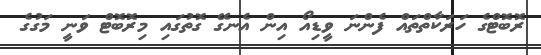
ރޮބޮޓްގެ ހަރަކާތްތައް ފެންނަ ވީޑިއޯ އިން އެނގޭ ގޮތުގައި މިރޮބޮޓް ވަނީ މަގުގެ